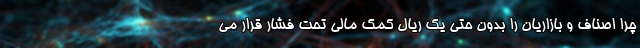
چرا اصناف و بازاریان را بدون حتی یک ریال کمک مالی تحت فشار قرار می